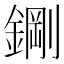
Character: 𮢪